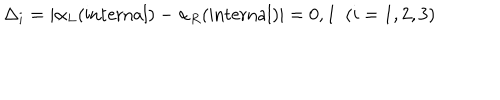
LaTeX: \Delta _ { i } = \vert \alpha _ { L } ( \mathrm { i n t e r n a l } ) - \alpha _ { R } ( \mathrm { i n t e r n a l } ) \vert = 0 , 1 ~ ~ ( i = 1 , 2 , 3 )